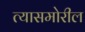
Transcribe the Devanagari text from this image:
त्यासमोरील